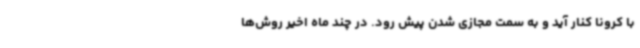
با کرونا کنار آید و به سمت مجازی شدن پیش رود. در چند ماه اخیر روش‌ها